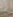
ما